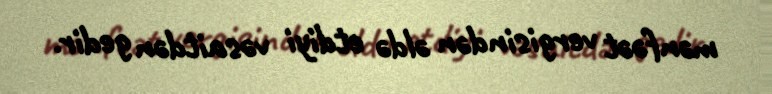
mənfəət vergisindən əldə etdiyi vəsaitdən gedir.